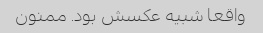
واقعا شبیه عکسش بود. ممنون